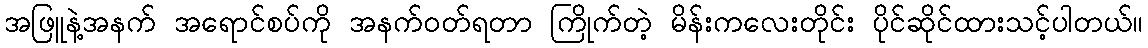
အဖြူနဲ့အနက် အရောင်စပ်ကို အနက်ဝတ်ရတာ ကြိုက်တဲ့ မိန်းကလေးတိုင်း ပိုင်ဆိုင်ထားသင့်ပါတယ်။